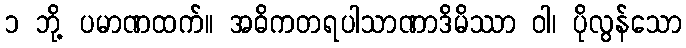
၁ ဘို့ ပမာဏထက်။ အဓိကတရပါသာဏာဒိမိဿာ ဝါ၊ ပိုလွန်သော